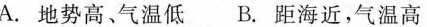
A.地势高、气温低 B.距海近，气温高